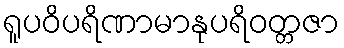
ရူပဝိပရိဏာမာနုပရိဝတ္တဇာ